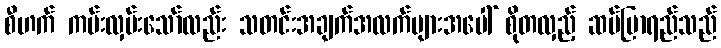
စီဟက် ကမ်းလှမ်းသော်လည်း သတင်းအချက်အလက်များအပေါ် စိုတလှည့် ဆပ်ပြာရည်သည်